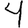
Digit: 4